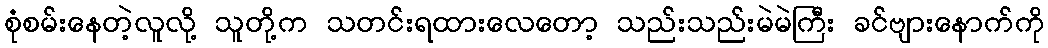
စုံစမ်းနေတဲ့လူလို့ သူတို့က သတင်းရထားလေတော့ သည်းသည်းမဲမဲကြီး ခင်ဗျားနောက်ကို